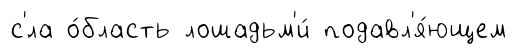
с'́ла о́бласть лошадьм'и́ подавл'я́ющем